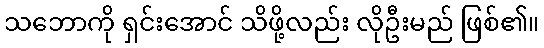
သဘောကို ရှင်းအောင် သိဖို့လည်း လိုဦးမည် ဖြစ်၏။